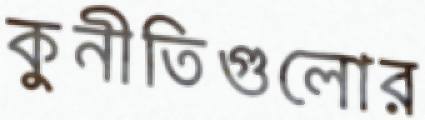
কুনীতিগুলোর